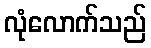
လုံလောက်သည်